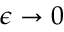
\epsilon \to 0